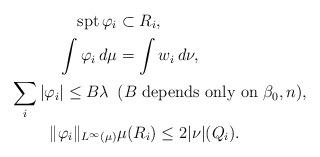
LaTeX: \begin{align*} \textup{spt}\,\varphi_i &\subset R_i, \\ \int \varphi_i \,d\mu &= \int w_i \,d\nu, \\ \sum_i |\varphi_i| \le B\lambda\,\,\,& (B \textup{ depends only on } \beta_0, n), \\ \|\varphi_i\|_{L^{\infty}(\mu)}& \mu(R_i) \le 2|\nu|(Q_i).\end{align*}